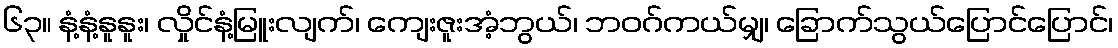
၆၃။ နံ့နံ့နူနူး၊ လှိုင်နံ့မြူးလျက်၊ ကျေးဇူးအံ့ဘွယ်၊ ဘဝဂ်ကယ်မျှ၊ ခြောက်သွယ်ပြောင်ပြောင်၊